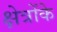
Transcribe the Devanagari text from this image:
क्षेत्रोंके